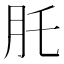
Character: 𦘴